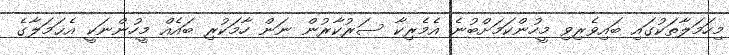
މިހަމަލާތަކުގައި ބައިވެރިވި މީހުންކަމަށްބުނެ އެމެރިކާ ސަރުކާރުން ނަން ހާމަކުރި ބައެއް މީހުންނަކީ އެޙަމަލާގެ